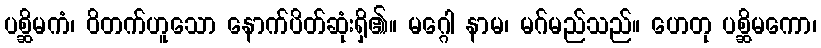
ပစ္ဆိမကံ၊ ဝိတက်ဟူသော နောက်ပိတ်ဆုံးရှိ၏။ မဂ္ဂေါ နာမ၊ မဂ်မည်သည်။ ဟေတု ပစ္ဆိမကော၊